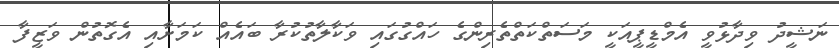
ނަޝީދު ވިދާޅުވީ އެމްޑީޕީއަކީ މަސަތްކަތްތެރިންގެ ހައްގުގައި ވަކާލާތުކުރާ ބައެއް ކަމަށާއި އެގޮތުން ވަޒީފާ